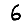
Digit: 6